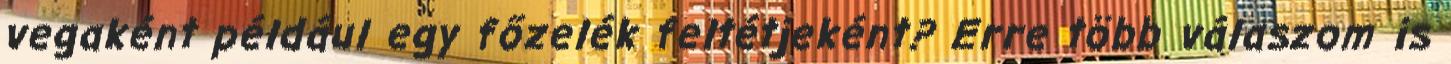
vegaként például egy főzelék feltétjeként? Erre több válaszom is